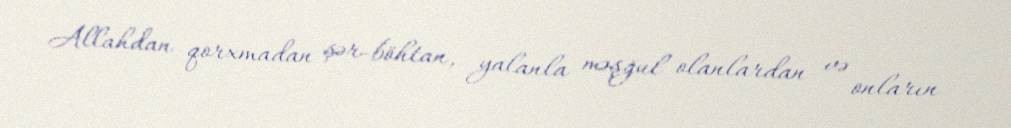
Allahdan qorxmadan şər-böhtan, yalanla məşğul olanlardan və onların